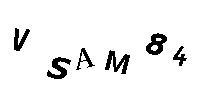
VSAM84